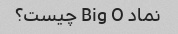
نماد Big O چیست؟